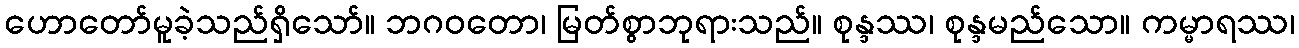
ဟောတော်မူခဲ့သည်ရှိသော်။ ဘဂဝတော၊ မြတ်စွာဘုရားသည်။ စုန္ဒဿ၊ စုန္ဒမည်သော။ ကမ္မာရဿ၊